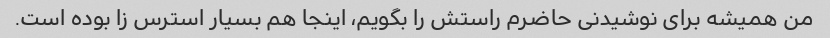
من همیشه برای نوشیدنی حاضرم راستش را بگویم، اینجا هم بسیار استرس زا بوده است.